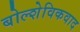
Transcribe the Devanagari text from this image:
बोल्शेविकवाद